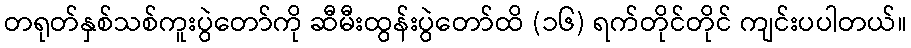
တရုတ်နှစ်သစ်ကူးပွဲတော်ကို ဆီမီးထွန်းပွဲတော်ထိ (၁၆) ရက်တိုင်တိုင် ကျင်းပပါတယ်။